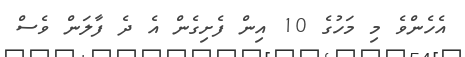
އެހެންވެ މި މަހުގެ 10 އިން ފެށިގެން އެ ދެ ފާލަން ވެސް